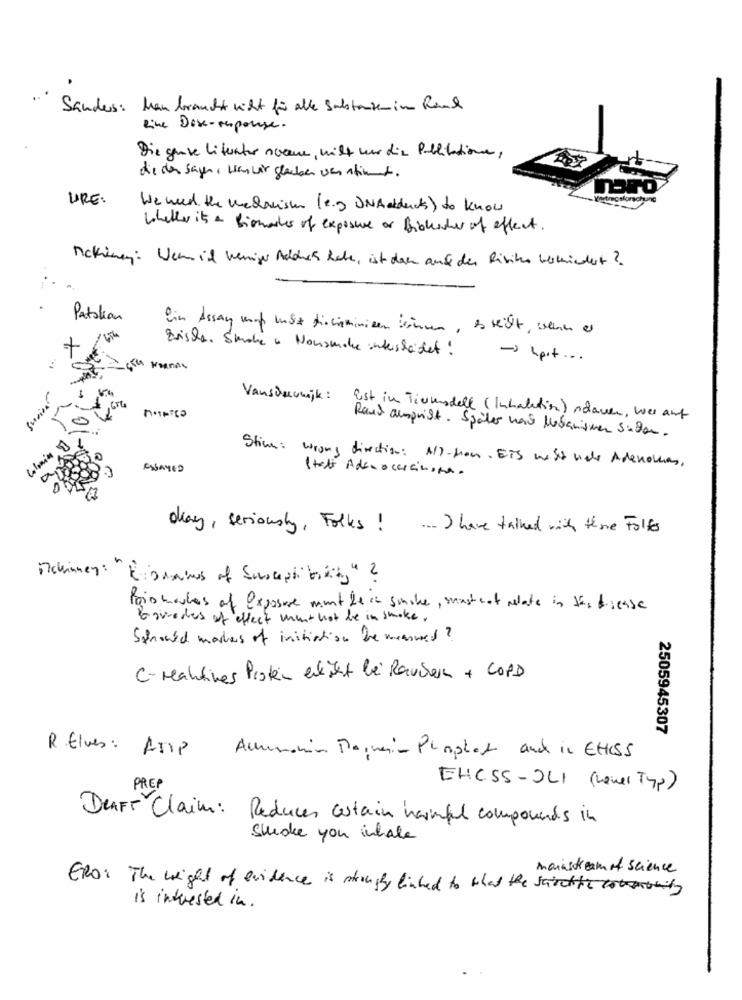
...
Sanders: Man braucht wiht für alle Substanzenin Rand
line Dose-response.
Die ganze literatur scene, mitt wer die Publicatione,
die der Sagen, wenn wir glauben ver stimmt.
URE:
We need the medanish (e.g DNAddeds) to know
Whether it's a Biomarker of exposure or fickacher of effect.
Mckiney: Wenn it Weniger Addich habe, ist dan auf der Risiken berkhindert ?
Patation
Ein Assan mig usz diriminizen binnen , steigt, wenn er
Zuische. Studie . Nonsede interskadet !
-> hpit ...
Vansdeconajk:
Est in Tiumsdell ( Inhaltin) schauen, wer ant
Rauf amprist. Später weiß Mekanismer siden.
Colonia
Stian: wrong direction: A/-non. ETS wish wele Adenovas.
ESSAYED
Stati Adenocarcinoma.
day , seriously , Folks ! ... I have talked with there Follo
Mckinney:"Risnames of Susceptibility" ?
Pois moules of exposure munt be in smoke, mastcat nelate in the Biesse
Bevrodes of effect mant not be in smoke.
Should markers of initiation be measured?
C- Maitines Pisten enlist bei Rauchern + COPD
2505945307
R.Elves: ATIP Ammonia Barnain Phosphat auch in EtteSS
PREP
EHCSS-OLI (Lower Typ)
DenFr Claim: Reduces cestain harmful compounds in
Stroke you inhale
mainstream of science
ERO: The weight of evidence is strongly linked to that the sairchic communing
is interested in.